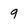
Character: 9